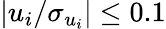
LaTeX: |u_{i}/\sigma_{u_{i}}|\leq 0.1